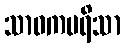
သာဝကပရိသာ